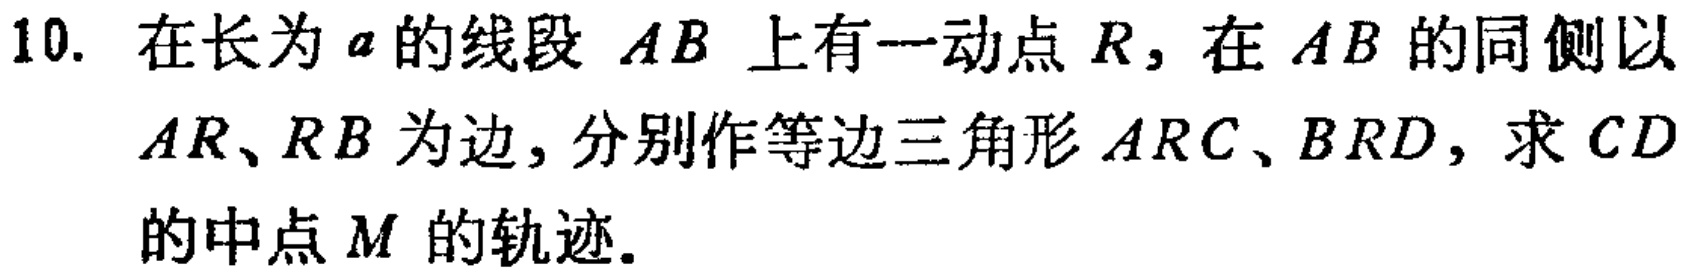
10. 在长为\(a\)的线段 \(AB\) 上有一动点 \(R\)，在 \(AB\) 的同侧以 \(AR、RB\) 为边，分别作等边三角形 \(ARC、BRD\)，求 \(CD\) 的中点 \(M\) 的轨迹。